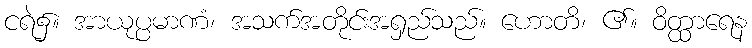
ငရဲ၌။ အာယုပ္ပမာဏံ၊ အသက်အတိုင်းအရှည်သည်။ ဟောတိ၊ ၏။ ဝိတ္ထာရေန